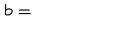
LaTeX: b =